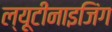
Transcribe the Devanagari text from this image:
ल्यूटीनाइजिंग